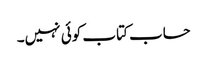
حساب کتاب کوئی نہیں۔